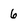
Character: 6